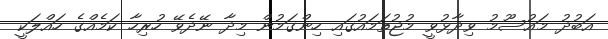
އަބުދު މައުސޫމު ވިދާޅުވީ މުޖުތަމައުގައި ހިންގަމުން މިދާ ނޭދެވޭ ހުރިހާ ކަމެއްގެ ހައްލަކީ